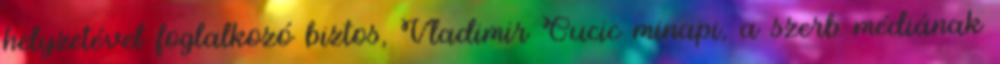
helyzetével foglalkozó biztos, Vladimir Cucic minapi, a szerb médiának